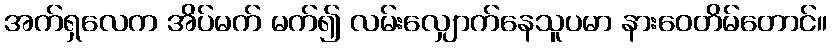
အက်ရှလေက အိပ်မက် မက်၍ လမ်းလျှောက်နေသူပမာ နားဝေတိမ်တောင်။